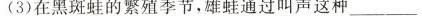
(3)在黑斑蛙的繁殖季节，雄蛙通过叫声这种